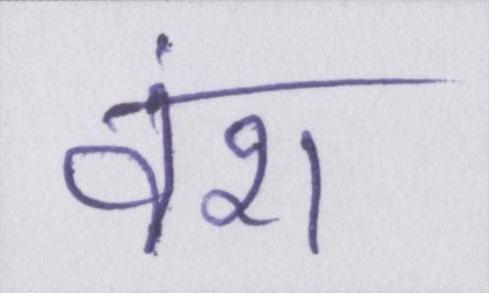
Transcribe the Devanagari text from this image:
वंश